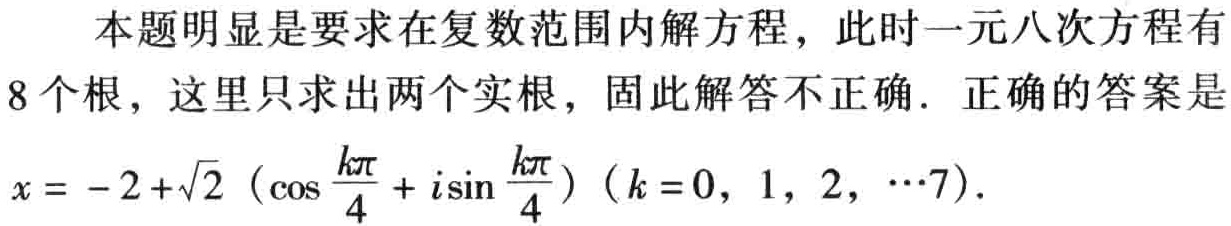
本题明显是要求在复数范围内解方程，此时一元八次方程有
8个根，这里只求出两个实根，固此解答不正确. 正确的答案是
\(x = -2+\sqrt{2}\left(\cos\frac{k\pi}{4}+i\sin\frac{k\pi}{4}\right)(k = 0,1,2,\cdots7)\).